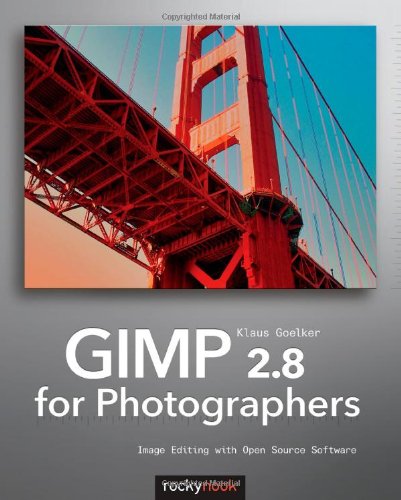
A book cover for GIMP 2.8 for Photographers: Image Editing with Open Source Software; Klaus Goelker; Computers & Technology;